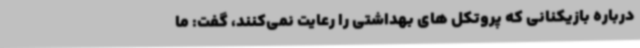
درباره بازیکنانی که پروتکل های بهداشتی را رعایت نمی‌کنند، گفت: ما